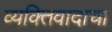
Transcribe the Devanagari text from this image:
व्यक्तिवादाचा